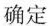
确定